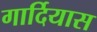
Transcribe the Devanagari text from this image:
गार्दियास